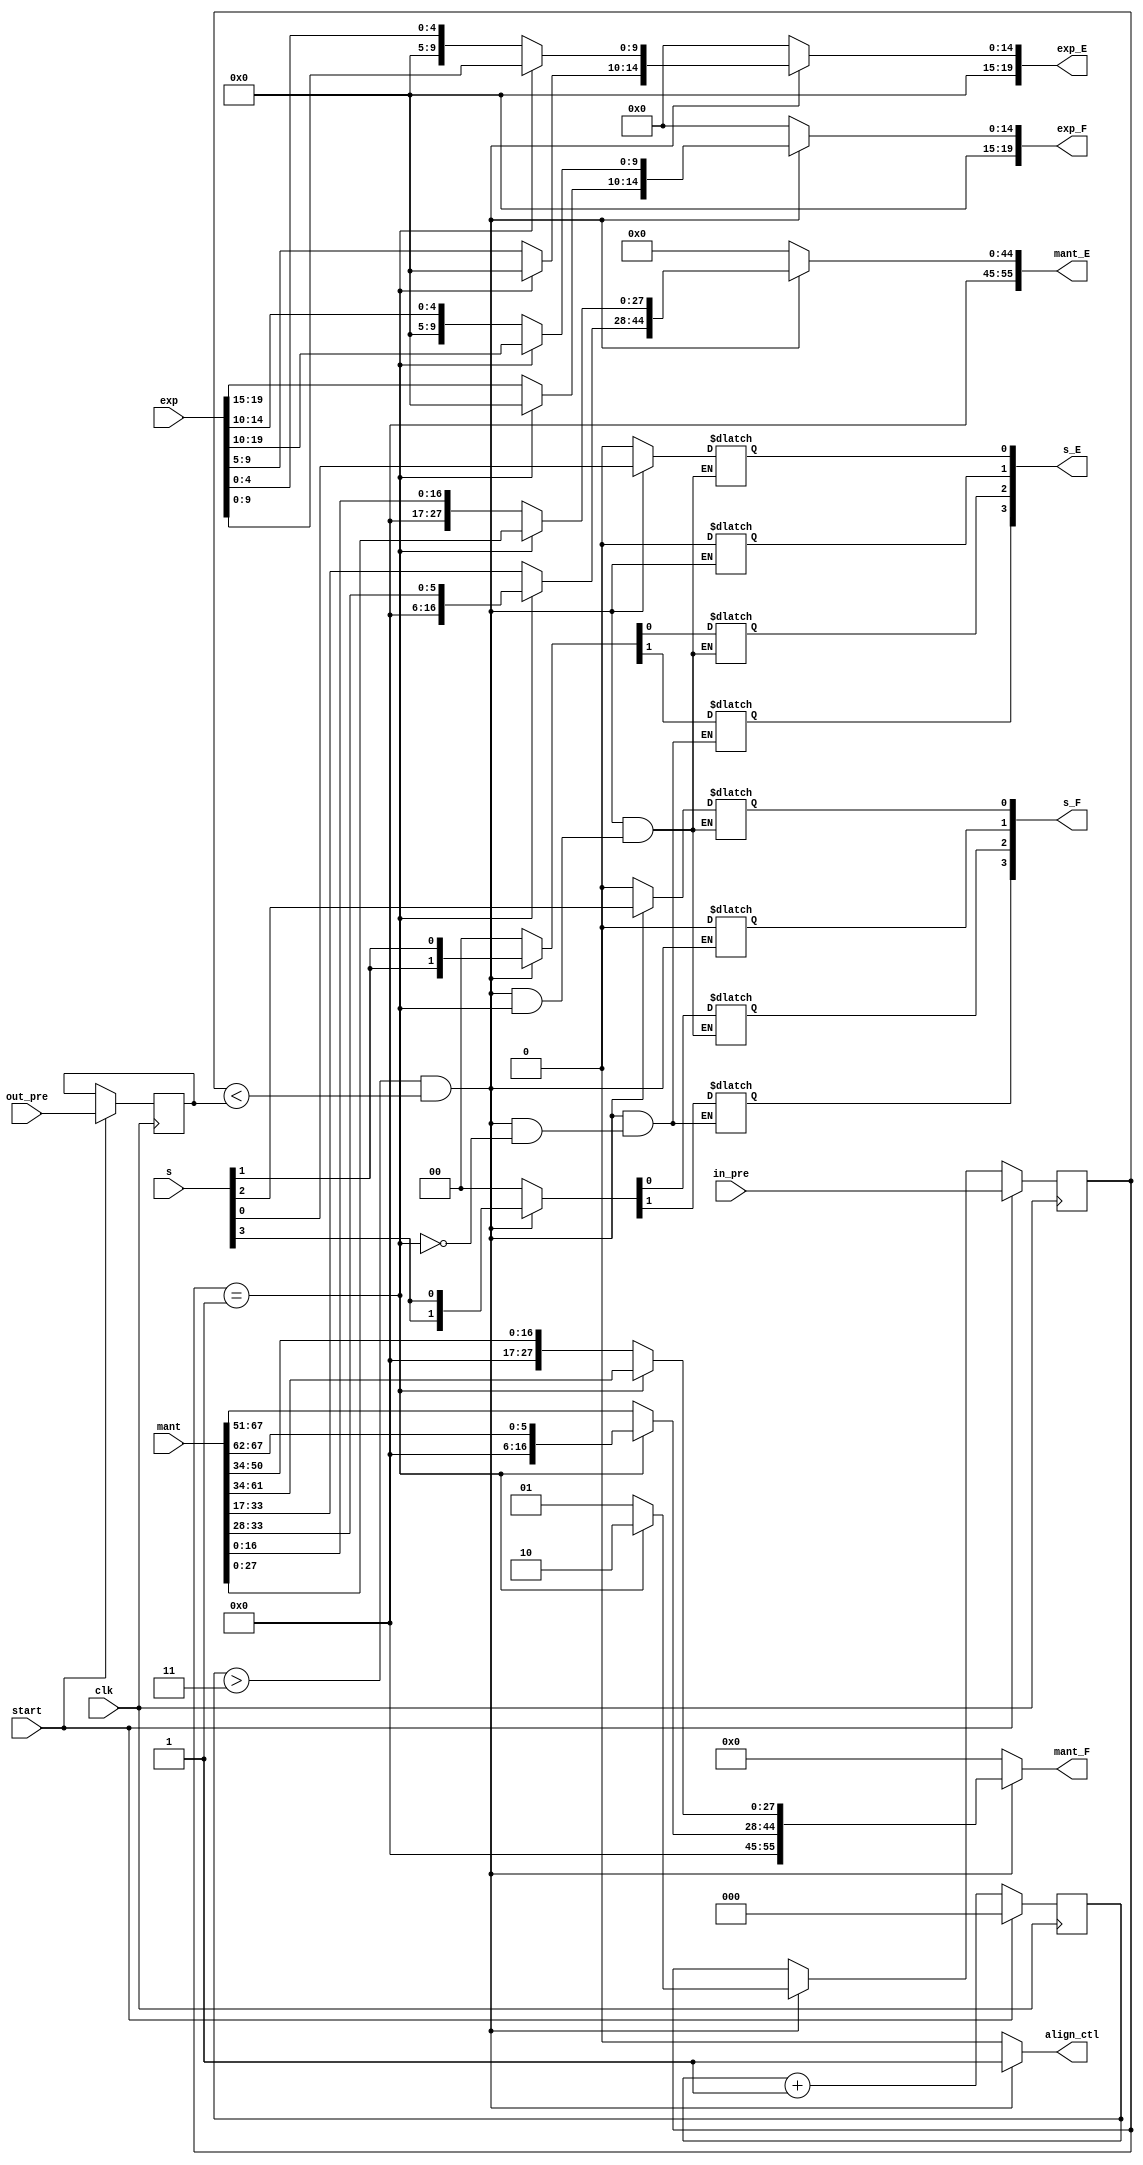
module control(
    input   wire    [1:0]   in_pre,
    input   wire    [1:0]   out_pre,
    input   wire            clk,
    input   wire            start,
    
    input   wire    [3:0]   s,
    input   wire    [67:0]  mant,
    input   wire    [19:0]  exp,

    output  reg     [3:0]   s_E,s_F,
    output  reg     [19:0]  exp_E,exp_F,
    output  reg             align_ctl,
    output  reg     [55:0]  mant_E,mant_F

);

reg [2:0] period;
reg [1:0] pre,pre_r;
reg [1:0] out;
always@(posedge clk) begin
    if(start) begin
        period <= 3'b0;
        pre_r <= in_pre;
        out <= out_pre;
    end
    else begin
        period <= period + 1;
        pre_r<=pre;
        out <= out;
    end

end
always@(*) begin
    if((period>3)&(pre_r<out)) begin
        case(pre_r)
            2'b00:begin
                s_E[0] = s[0];
                s_E[2] = s[1];
                s_F[0] = s[2];
                s_F[2] = s[3];
                exp_E[9:0] = exp[4:0];
                exp_E[19:10] = exp[9:5];
                exp_F[9:0] = exp[14:10];
                exp_F[19:10] = exp[19:15];
                mant_E[27:0] = mant[16:0];
                mant_E[55:28] = mant[33:17];
                mant_F[27:0] = mant[50:34];
                mant_F[55:28] = mant[67:51];
                align_ctl = 1;
                pre = 2'b01;
            end
            2'b01:begin
                s_E[3] = s[1];
                s_F[3] = s[3];
                exp_E[19:0] = exp[9:0];
                exp_F[19:0] = exp[19:10];
                mant_E[55:0] = mant[33:0];
                mant_F[55:0] = mant[67:34];
                align_ctl = 1;
                pre = 2'b10;
            end
            default:begin
                s_E[0] = s[0];
                s_E[2] = s[1];
                s_F[0] = s[2];
                s_F[2] = s[3];
                exp_E[9:0] = exp[4:0];
                exp_E[19:10] = exp[9:5];
                exp_F[9:0] = exp[14:10];
                exp_F[19:10] = exp[19:15];
                mant_E[27:0] = mant[16:0];
                mant_E[55:28] = mant[33:17];
                mant_F[27:0] = mant[50:34];
                mant_F[55:28] = mant[67:51];
                align_ctl = 1;
                pre = 2'b01;
            end
        endcase

    end
    else begin
        s_E=0;
        s_F=0;
        exp_E=0;
        exp_F=0;
        mant_E=0;
        mant_F=0;
        align_ctl = 0;
        pre = pre_r;
    end
 end

                
             

    
    
endmodule